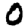
Digit: 0